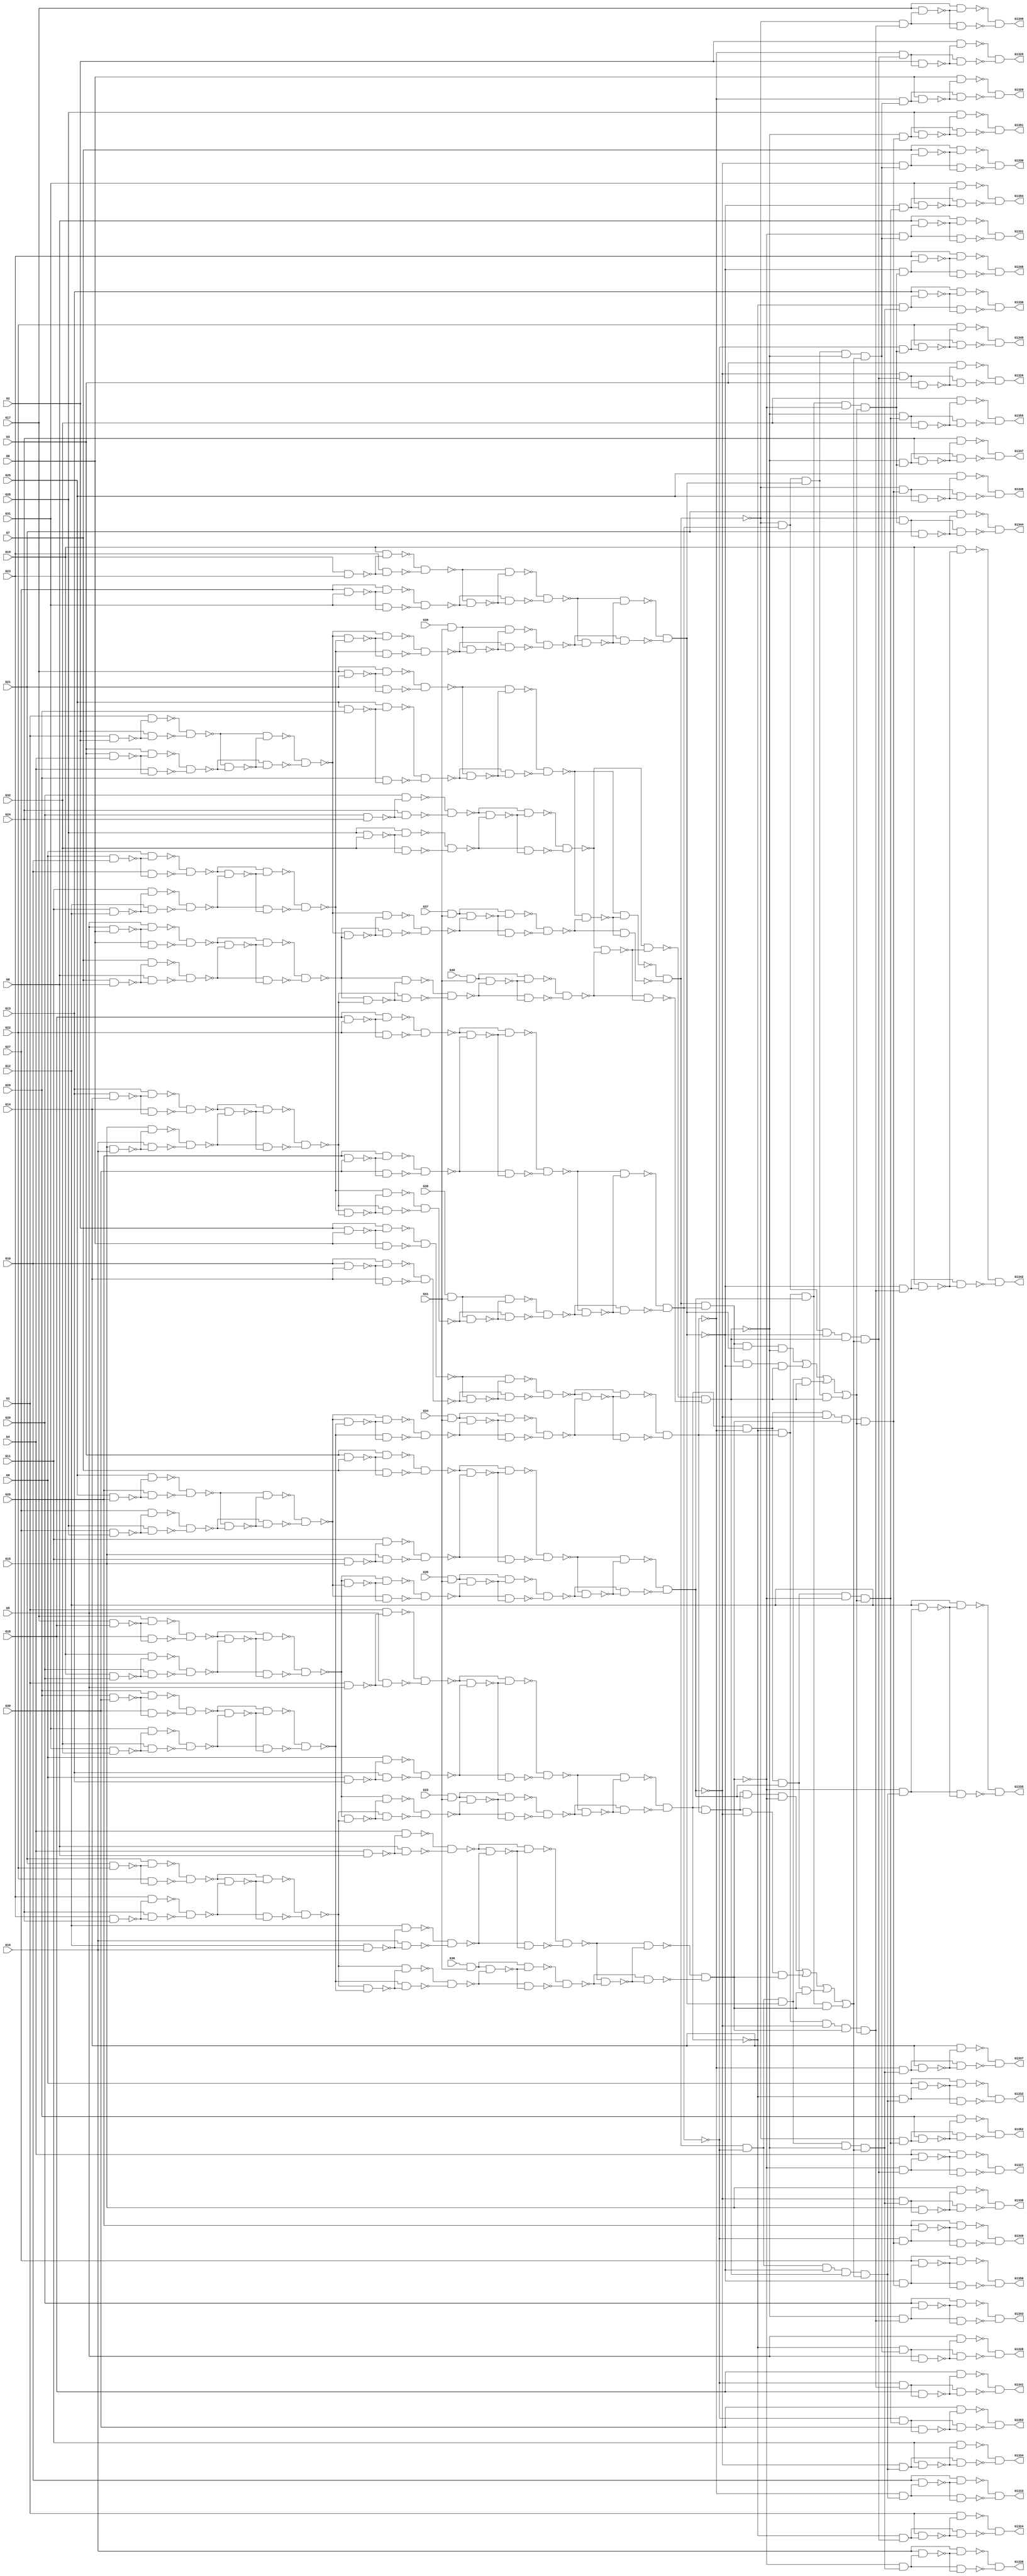
module c1355(G1,G10,G11,G12,G13,G1324,G1325,G1326,G1327,G1328,G1329,G1330,
  G1331,G1332,G1333,G1334,G1335,G1336,G1337,G1338,G1339,G1340,G1341,G1342,
  G1343,G1344,G1345,G1346,G1347,G1348,G1349,G1350,G1351,G1352,G1353,G1354,
  G1355,G14,G15,G16,G17,G18,G19,G2,G20,G21,G22,G23,G24,G25,G26,G27,G28,G29,G3,
  G30,G31,G32,G33,G34,G35,G36,G37,G38,G39,G4,G40,G41,G5,G6,G7,G8,G9);
input G1,G2,G3,G4,G5,G6,G7,G8,G9,G10,G11,G12,G13,G14,G15,G16,G17,G18,G19,G20,
  G21,G22,G23,G24,G25,G26,G27,G28,G29,G30,G31,G32,G33,G34,G35,G36,G37,G38,G39,
  G40,G41;
output G1324,G1325,G1326,G1327,G1328,G1329,G1330,G1331,G1332,G1333,G1334,G1335,
  G1336,G1337,G1338,G1339,G1340,G1341,G1342,G1343,G1344,G1345,G1346,G1347,
  G1348,G1349,G1350,G1351,G1352,G1353,G1354,G1355;

  wire G242,G245,G248,G251,G254,G257,G260,G263,G266,G269,G272,G275,G278,G281,
    G284,G287,G290,G293,G296,G299,G302,G305,G308,G311,G314,G317,G320,G323,G326,
    G329,G332,G335,G338,G341,G344,G347,G350,G353,G356,G359,G362,G363,G364,G365,
    G366,G367,G368,G369,G370,G371,G372,G373,G374,G375,G376,G377,G378,G379,G380,
    G381,G382,G383,G384,G385,G386,G387,G388,G389,G390,G391,G392,G393,G394,G395,
    G396,G397,G398,G399,G400,G401,G402,G403,G404,G405,G406,G407,G408,G409,G410,
    G411,G412,G413,G414,G415,G416,G417,G418,G419,G420,G421,G422,G423,G424,G425,
    G426,G429,G432,G435,G438,G441,G444,G447,G450,G453,G456,G459,G462,G465,G468,
    G471,G474,G477,G480,G483,G486,G489,G492,G495,G498,G501,G504,G507,G510,G513,
    G516,G519,G522,G525,G528,G531,G534,G537,G540,G543,G546,G549,G552,G555,G558,
    G561,G564,G567,G570,G571,G572,G573,G574,G575,G576,G577,G578,G579,G580,G581,
    G582,G583,G584,G585,G586,G587,G588,G589,G590,G591,G592,G593,G594,G595,G596,
    G597,G598,G599,G600,G601,G602,G607,G612,G617,G622,G627,G632,G637,G642,G645,
    G648,G651,G654,G657,G660,G663,G666,G669,G672,G675,G678,G681,G684,G687,G690,
    G691,G692,G693,G694,G695,G696,G697,G698,G699,G700,G701,G702,G703,G704,G705,
    G706,G709,G712,G715,G718,G721,G724,G727,G730,G733,G736,G739,G742,G745,G748,
    G751,G754,G755,G756,G757,G758,G759,G760,G761,G762,G763,G764,G765,G766,G767,
    G768,G769,G770,G773,G776,G779,G782,G785,G788,G791,G794,G797,G800,G803,G806,
    G809,G812,G815,G818,G819,G820,G821,G822,G823,G824,G825,G826,G827,G828,G829,
    G830,G831,G832,G833,G834,G847,G860,G873,G886,G899,G912,G925,G938,G939,G940,
    G941,G942,G943,G944,G945,G946,G947,G948,G949,G950,G951,G952,G953,G954,G955,
    G956,G957,G958,G959,G960,G961,G962,G963,G964,G965,G966,G967,G968,G969,G970,
    G971,G972,G973,G974,G975,G976,G977,G978,G979,G980,G981,G982,G983,G984,G985,
    G986,G991,G996,G1001,G1006,G1011,G1016,G1021,G1026,G1031,G1036,G1039,G1042,
    G1045,G1048,G1051,G1054,G1057,G1060,G1063,G1066,G1069,G1072,G1075,G1078,
    G1081,G1084,G1087,G1090,G1093,G1096,G1099,G1102,G1105,G1108,G1111,G1114,
    G1117,G1120,G1123,G1126,G1129,G1132,G1135,G1138,G1141,G1144,G1147,G1150,
    G1153,G1156,G1159,G1162,G1165,G1168,G1171,G1174,G1177,G1180,G1183,G1186,
    G1189,G1192,G1195,G1198,G1201,G1204,G1207,G1210,G1213,G1216,G1219,G1222,
    G1225,G1228,G1229,G1230,G1231,G1232,G1233,G1234,G1235,G1236,G1237,G1238,
    G1239,G1240,G1241,G1242,G1243,G1244,G1245,G1246,G1247,G1248,G1249,G1250,
    G1251,G1252,G1253,G1254,G1255,G1256,G1257,G1258,G1259,G1260,G1261,G1262,
    G1263,G1264,G1265,G1266,G1267,G1268,G1269,G1270,G1271,G1272,G1273,G1274,
    G1275,G1276,G1277,G1278,G1279,G1280,G1281,G1282,G1283,G1284,G1285,G1286,
    G1287,G1288,G1289,G1290,G1291,G1292,G1293,G1294,G1295,G1296,G1297,G1298,
    G1299,G1300,G1301,G1302,G1303,G1304,G1305,G1306,G1307,G1308,G1309,G1310,
    G1311,G1312,G1313,G1314,G1315,G1316,G1317,G1318,G1319,G1320,G1321,G1322,
    G1323;

  and (G242,G33,G41);
  and (G245,G34,G41);
  and (G248,G35,G41);
  and (G251,G36,G41);
  and (G254,G37,G41);
  and (G257,G38,G41);
  and (G260,G39,G41);
  and (G263,G40,G41);
  nand (G266,G1,G2);
  nand (G269,G3,G4);
  nand (G272,G5,G6);
  nand (G275,G7,G8);
  nand (G278,G9,G10);
  nand (G281,G11,G12);
  nand (G284,G13,G14);
  nand (G287,G15,G16);
  nand (G290,G17,G18);
  nand (G293,G19,G20);
  nand (G296,G21,G22);
  nand (G299,G23,G24);
  nand (G302,G25,G26);
  nand (G305,G27,G28);
  nand (G308,G29,G30);
  nand (G311,G31,G32);
  nand (G314,G1,G5);
  nand (G317,G9,G13);
  nand (G320,G2,G6);
  nand (G323,G10,G14);
  nand (G326,G3,G7);
  nand (G329,G11,G15);
  nand (G332,G4,G8);
  nand (G335,G12,G16);
  nand (G338,G17,G21);
  nand (G341,G25,G29);
  nand (G344,G18,G22);
  nand (G347,G26,G30);
  nand (G350,G19,G23);
  nand (G353,G27,G31);
  nand (G356,G20,G24);
  nand (G359,G28,G32);
  nand (G362,G1,G266);
  nand (G363,G2,G266);
  nand (G364,G3,G269);
  nand (G365,G4,G269);
  nand (G366,G5,G272);
  nand (G367,G6,G272);
  nand (G368,G7,G275);
  nand (G369,G8,G275);
  nand (G370,G9,G278);
  nand (G371,G10,G278);
  nand (G372,G11,G281);
  nand (G373,G12,G281);
  nand (G374,G13,G284);
  nand (G375,G14,G284);
  nand (G376,G15,G287);
  nand (G377,G16,G287);
  nand (G378,G17,G290);
  nand (G379,G18,G290);
  nand (G380,G19,G293);
  nand (G381,G20,G293);
  nand (G382,G21,G296);
  nand (G383,G22,G296);
  nand (G384,G23,G299);
  nand (G385,G24,G299);
  nand (G386,G25,G302);
  nand (G387,G26,G302);
  nand (G388,G27,G305);
  nand (G389,G28,G305);
  nand (G390,G29,G308);
  nand (G391,G30,G308);
  nand (G392,G31,G311);
  nand (G393,G32,G311);
  nand (G394,G1,G314);
  nand (G395,G5,G314);
  nand (G396,G9,G317);
  nand (G397,G13,G317);
  nand (G398,G2,G320);
  nand (G399,G6,G320);
  nand (G400,G10,G323);
  nand (G401,G14,G323);
  nand (G402,G3,G326);
  nand (G403,G7,G326);
  nand (G404,G11,G329);
  nand (G405,G15,G329);
  nand (G406,G4,G332);
  nand (G407,G8,G332);
  nand (G408,G12,G335);
  nand (G409,G16,G335);
  nand (G410,G17,G338);
  nand (G411,G21,G338);
  nand (G412,G25,G341);
  nand (G413,G29,G341);
  nand (G414,G18,G344);
  nand (G415,G22,G344);
  nand (G416,G26,G347);
  nand (G417,G30,G347);
  nand (G418,G19,G350);
  nand (G419,G23,G350);
  nand (G420,G27,G353);
  nand (G421,G31,G353);
  nand (G422,G20,G356);
  nand (G423,G24,G356);
  nand (G424,G28,G359);
  nand (G425,G32,G359);
  nand (G426,G362,G363);
  nand (G429,G364,G365);
  nand (G432,G366,G367);
  nand (G435,G368,G369);
  nand (G438,G370,G371);
  nand (G441,G372,G373);
  nand (G444,G374,G375);
  nand (G447,G376,G377);
  nand (G450,G378,G379);
  nand (G453,G380,G381);
  nand (G456,G382,G383);
  nand (G459,G384,G385);
  nand (G462,G386,G387);
  nand (G465,G388,G389);
  nand (G468,G390,G391);
  nand (G471,G392,G393);
  nand (G474,G394,G395);
  nand (G477,G396,G397);
  nand (G480,G398,G399);
  nand (G483,G400,G401);
  nand (G486,G402,G403);
  nand (G489,G404,G405);
  nand (G492,G406,G407);
  nand (G495,G408,G409);
  nand (G498,G410,G411);
  nand (G501,G412,G413);
  nand (G504,G414,G415);
  nand (G507,G416,G417);
  nand (G510,G418,G419);
  nand (G513,G420,G421);
  nand (G516,G422,G423);
  nand (G519,G424,G425);
  nand (G522,G426,G429);
  nand (G525,G432,G435);
  nand (G528,G438,G441);
  nand (G531,G444,G447);
  nand (G534,G450,G453);
  nand (G537,G456,G459);
  nand (G540,G462,G465);
  nand (G543,G468,G471);
  nand (G546,G474,G477);
  nand (G549,G480,G483);
  nand (G552,G486,G489);
  nand (G555,G492,G495);
  nand (G558,G498,G501);
  nand (G561,G504,G507);
  nand (G564,G510,G513);
  nand (G567,G516,G519);
  nand (G570,G426,G522);
  nand (G571,G429,G522);
  nand (G572,G432,G525);
  nand (G573,G435,G525);
  nand (G574,G438,G528);
  nand (G575,G441,G528);
  nand (G576,G444,G531);
  nand (G577,G447,G531);
  nand (G578,G450,G534);
  nand (G579,G453,G534);
  nand (G580,G456,G537);
  nand (G581,G459,G537);
  nand (G582,G462,G540);
  nand (G583,G465,G540);
  nand (G584,G468,G543);
  nand (G585,G471,G543);
  nand (G586,G474,G546);
  nand (G587,G477,G546);
  nand (G588,G480,G549);
  nand (G589,G483,G549);
  nand (G590,G486,G552);
  nand (G591,G489,G552);
  nand (G592,G492,G555);
  nand (G593,G495,G555);
  nand (G594,G498,G558);
  nand (G595,G501,G558);
  nand (G596,G504,G561);
  nand (G597,G507,G561);
  nand (G598,G510,G564);
  nand (G599,G513,G564);
  nand (G600,G516,G567);
  nand (G601,G519,G567);
  nand (G602,G570,G571);
  nand (G607,G572,G573);
  nand (G612,G574,G575);
  nand (G617,G576,G577);
  nand (G622,G578,G579);
  nand (G627,G580,G581);
  nand (G632,G582,G583);
  nand (G637,G584,G585);
  nand (G642,G586,G587);
  nand (G645,G588,G589);
  nand (G648,G590,G591);
  nand (G651,G592,G593);
  nand (G654,G594,G595);
  nand (G657,G596,G597);
  nand (G660,G598,G599);
  nand (G663,G600,G601);
  nand (G666,G602,G607);
  nand (G669,G612,G617);
  nand (G672,G602,G612);
  nand (G675,G607,G617);
  nand (G678,G622,G627);
  nand (G681,G632,G637);
  nand (G684,G622,G632);
  nand (G687,G627,G637);
  nand (G690,G602,G666);
  nand (G691,G607,G666);
  nand (G692,G612,G669);
  nand (G693,G617,G669);
  nand (G694,G602,G672);
  nand (G695,G612,G672);
  nand (G696,G607,G675);
  nand (G697,G617,G675);
  nand (G698,G622,G678);
  nand (G699,G627,G678);
  nand (G700,G632,G681);
  nand (G701,G637,G681);
  nand (G702,G622,G684);
  nand (G703,G632,G684);
  nand (G704,G627,G687);
  nand (G705,G637,G687);
  nand (G706,G690,G691);
  nand (G709,G692,G693);
  nand (G712,G694,G695);
  nand (G715,G696,G697);
  nand (G718,G698,G699);
  nand (G721,G700,G701);
  nand (G724,G702,G703);
  nand (G727,G704,G705);
  nand (G730,G242,G718);
  nand (G733,G245,G721);
  nand (G736,G248,G724);
  nand (G739,G251,G727);
  nand (G742,G254,G706);
  nand (G745,G257,G709);
  nand (G748,G260,G712);
  nand (G751,G263,G715);
  nand (G754,G242,G730);
  nand (G755,G718,G730);
  nand (G756,G245,G733);
  nand (G757,G721,G733);
  nand (G758,G248,G736);
  nand (G759,G724,G736);
  nand (G760,G251,G739);
  nand (G761,G727,G739);
  nand (G762,G254,G742);
  nand (G763,G706,G742);
  nand (G764,G257,G745);
  nand (G765,G709,G745);
  nand (G766,G260,G748);
  nand (G767,G712,G748);
  nand (G768,G263,G751);
  nand (G769,G715,G751);
  nand (G770,G754,G755);
  nand (G773,G756,G757);
  nand (G776,G758,G759);
  nand (G779,G760,G761);
  nand (G782,G762,G763);
  nand (G785,G764,G765);
  nand (G788,G766,G767);
  nand (G791,G768,G769);
  nand (G794,G642,G770);
  nand (G797,G645,G773);
  nand (G800,G648,G776);
  nand (G803,G651,G779);
  nand (G806,G654,G782);
  nand (G809,G657,G785);
  nand (G812,G660,G788);
  nand (G815,G663,G791);
  nand (G818,G642,G794);
  nand (G819,G770,G794);
  nand (G820,G645,G797);
  nand (G821,G773,G797);
  nand (G822,G648,G800);
  nand (G823,G776,G800);
  nand (G824,G651,G803);
  nand (G825,G779,G803);
  nand (G826,G654,G806);
  nand (G827,G782,G806);
  nand (G828,G657,G809);
  nand (G829,G785,G809);
  nand (G830,G660,G812);
  nand (G831,G788,G812);
  nand (G832,G663,G815);
  nand (G833,G791,G815);
  nand (G834,G818,G819);
  nand (G847,G820,G821);
  nand (G860,G822,G823);
  nand (G873,G824,G825);
  nand (G886,G828,G829);
  nand (G899,G832,G833);
  nand (G912,G830,G831);
  nand (G925,G826,G827);
  not (G938,G834);
  not (G939,G847);
  not (G940,G860);
  not (G941,G834);
  not (G942,G847);
  not (G943,G873);
  not (G944,G834);
  not (G945,G860);
  not (G946,G873);
  not (G947,G847);
  not (G948,G860);
  not (G949,G873);
  not (G950,G886);
  not (G951,G899);
  not (G952,G886);
  not (G953,G912);
  not (G954,G925);
  not (G955,G899);
  not (G956,G925);
  not (G957,G912);
  not (G958,G925);
  not (G959,G886);
  not (G960,G912);
  not (G961,G925);
  not (G962,G886);
  not (G963,G899);
  not (G964,G925);
  not (G965,G912);
  not (G966,G899);
  not (G967,G886);
  not (G968,G912);
  not (G969,G899);
  not (G970,G847);
  not (G971,G873);
  not (G972,G847);
  not (G973,G860);
  not (G974,G834);
  not (G975,G873);
  not (G976,G834);
  not (G977,G860);
  and (G978,G938,G939,G940,G873);
  and (G979,G941,G942,G860,G943);
  and (G980,G944,G847,G945,G946);
  and (G981,G834,G947,G948,G949);
  and (G982,G958,G959,G960,G899);
  and (G983,G961,G962,G912,G963);
  and (G984,G964,G886,G965,G966);
  and (G985,G925,G967,G968,G969);
  or (G986,G978,G979,G980,G981);
  or (G991,G982,G983,G984,G985);
  and (G996,G925,G950,G912,G951,G986);
  and (G1001,G925,G952,G953,G899,G986);
  and (G1006,G954,G886,G912,G955,G986);
  and (G1011,G956,G886,G957,G899,G986);
  and (G1016,G834,G970,G860,G971,G991);
  and (G1021,G834,G972,G973,G873,G991);
  and (G1026,G974,G847,G860,G975,G991);
  and (G1031,G976,G847,G977,G873,G991);
  and (G1036,G834,G996);
  and (G1039,G847,G996);
  and (G1042,G860,G996);
  and (G1045,G873,G996);
  and (G1048,G834,G1001);
  and (G1051,G847,G1001);
  and (G1054,G860,G1001);
  and (G1057,G873,G1001);
  and (G1060,G834,G1006);
  and (G1063,G847,G1006);
  and (G1066,G860,G1006);
  and (G1069,G873,G1006);
  and (G1072,G834,G1011);
  and (G1075,G847,G1011);
  and (G1078,G860,G1011);
  and (G1081,G873,G1011);
  and (G1084,G925,G1016);
  and (G1087,G886,G1016);
  and (G1090,G912,G1016);
  and (G1093,G899,G1016);
  and (G1096,G925,G1021);
  and (G1099,G886,G1021);
  and (G1102,G912,G1021);
  and (G1105,G899,G1021);
  and (G1108,G925,G1026);
  and (G1111,G886,G1026);
  and (G1114,G912,G1026);
  and (G1117,G899,G1026);
  and (G1120,G925,G1031);
  and (G1123,G886,G1031);
  and (G1126,G912,G1031);
  and (G1129,G899,G1031);
  nand (G1132,G1,G1036);
  nand (G1135,G2,G1039);
  nand (G1138,G3,G1042);
  nand (G1141,G4,G1045);
  nand (G1144,G5,G1048);
  nand (G1147,G6,G1051);
  nand (G1150,G7,G1054);
  nand (G1153,G8,G1057);
  nand (G1156,G9,G1060);
  nand (G1159,G10,G1063);
  nand (G1162,G11,G1066);
  nand (G1165,G12,G1069);
  nand (G1168,G13,G1072);
  nand (G1171,G14,G1075);
  nand (G1174,G15,G1078);
  nand (G1177,G16,G1081);
  nand (G1180,G17,G1084);
  nand (G1183,G18,G1087);
  nand (G1186,G19,G1090);
  nand (G1189,G20,G1093);
  nand (G1192,G21,G1096);
  nand (G1195,G22,G1099);
  nand (G1198,G23,G1102);
  nand (G1201,G24,G1105);
  nand (G1204,G25,G1108);
  nand (G1207,G26,G1111);
  nand (G1210,G27,G1114);
  nand (G1213,G28,G1117);
  nand (G1216,G29,G1120);
  nand (G1219,G30,G1123);
  nand (G1222,G31,G1126);
  nand (G1225,G32,G1129);
  nand (G1228,G1,G1132);
  nand (G1229,G1036,G1132);
  nand (G1230,G2,G1135);
  nand (G1231,G1039,G1135);
  nand (G1232,G3,G1138);
  nand (G1233,G1042,G1138);
  nand (G1234,G4,G1141);
  nand (G1235,G1045,G1141);
  nand (G1236,G5,G1144);
  nand (G1237,G1048,G1144);
  nand (G1238,G6,G1147);
  nand (G1239,G1051,G1147);
  nand (G1240,G7,G1150);
  nand (G1241,G1054,G1150);
  nand (G1242,G8,G1153);
  nand (G1243,G1057,G1153);
  nand (G1244,G9,G1156);
  nand (G1245,G1060,G1156);
  nand (G1246,G10,G1159);
  nand (G1247,G1063,G1159);
  nand (G1248,G11,G1162);
  nand (G1249,G1066,G1162);
  nand (G1250,G12,G1165);
  nand (G1251,G1069,G1165);
  nand (G1252,G13,G1168);
  nand (G1253,G1072,G1168);
  nand (G1254,G14,G1171);
  nand (G1255,G1075,G1171);
  nand (G1256,G15,G1174);
  nand (G1257,G1078,G1174);
  nand (G1258,G16,G1177);
  nand (G1259,G1081,G1177);
  nand (G1260,G17,G1180);
  nand (G1261,G1084,G1180);
  nand (G1262,G18,G1183);
  nand (G1263,G1087,G1183);
  nand (G1264,G19,G1186);
  nand (G1265,G1090,G1186);
  nand (G1266,G20,G1189);
  nand (G1267,G1093,G1189);
  nand (G1268,G21,G1192);
  nand (G1269,G1096,G1192);
  nand (G1270,G22,G1195);
  nand (G1271,G1099,G1195);
  nand (G1272,G23,G1198);
  nand (G1273,G1102,G1198);
  nand (G1274,G24,G1201);
  nand (G1275,G1105,G1201);
  nand (G1276,G25,G1204);
  nand (G1277,G1108,G1204);
  nand (G1278,G26,G1207);
  nand (G1279,G1111,G1207);
  nand (G1280,G27,G1210);
  nand (G1281,G1114,G1210);
  nand (G1282,G28,G1213);
  nand (G1283,G1117,G1213);
  nand (G1284,G29,G1216);
  nand (G1285,G1120,G1216);
  nand (G1286,G30,G1219);
  nand (G1287,G1123,G1219);
  nand (G1288,G31,G1222);
  nand (G1289,G1126,G1222);
  nand (G1290,G32,G1225);
  nand (G1291,G1129,G1225);
  nand (G1292,G1228,G1229);
  nand (G1293,G1230,G1231);
  nand (G1294,G1232,G1233);
  nand (G1295,G1234,G1235);
  nand (G1296,G1236,G1237);
  nand (G1297,G1238,G1239);
  nand (G1298,G1240,G1241);
  nand (G1299,G1242,G1243);
  nand (G1300,G1244,G1245);
  nand (G1301,G1246,G1247);
  nand (G1302,G1248,G1249);
  nand (G1303,G1250,G1251);
  nand (G1304,G1252,G1253);
  nand (G1305,G1254,G1255);
  nand (G1306,G1256,G1257);
  nand (G1307,G1258,G1259);
  nand (G1308,G1260,G1261);
  nand (G1309,G1262,G1263);
  nand (G1310,G1264,G1265);
  nand (G1311,G1266,G1267);
  nand (G1312,G1268,G1269);
  nand (G1313,G1270,G1271);
  nand (G1314,G1272,G1273);
  nand (G1315,G1274,G1275);
  nand (G1316,G1276,G1277);
  nand (G1317,G1278,G1279);
  nand (G1318,G1280,G1281);
  nand (G1319,G1282,G1283);
  nand (G1320,G1284,G1285);
  nand (G1321,G1286,G1287);
  nand (G1322,G1288,G1289);
  nand (G1323,G1290,G1291);
  not (G1324,G1292);
  not (G1325,G1293);
  not (G1326,G1294);
  not (G1327,G1295);
  not (G1328,G1296);
  not (G1329,G1297);
  not (G1330,G1298);
  not (G1331,G1299);
  not (G1332,G1300);
  not (G1333,G1301);
  not (G1334,G1302);
  not (G1335,G1303);
  not (G1336,G1304);
  not (G1337,G1305);
  not (G1338,G1306);
  not (G1339,G1307);
  not (G1340,G1308);
  not (G1341,G1309);
  not (G1342,G1310);
  not (G1343,G1311);
  not (G1344,G1312);
  not (G1345,G1313);
  not (G1346,G1314);
  not (G1347,G1315);
  not (G1348,G1316);
  not (G1349,G1317);
  not (G1350,G1318);
  not (G1351,G1319);
  not (G1352,G1320);
  not (G1353,G1321);
  not (G1354,G1322);
  not (G1355,G1323);

endmodule